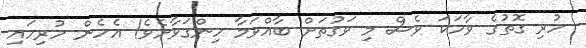
ހުރި ގޮތުގެ ވާހަކަ ވެސް މި ވަގުތަށް ބާއްވަމާ ހިންގަވާށެވެ! އެހެން ހުރިހައި